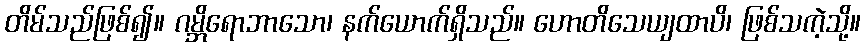
တိမ်သည်ဖြစ်၍။ ဂမ္ဘိရောဘာသော၊ နက်ယောက်ရှိသည်။ ဟောတိသေယျထာပိ၊ ဖြစ်သကဲ့သို့။